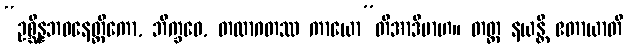
“ဥစ္ဆိန္နဘဝနေတ္တိကော, ဘိက္ခဝေ, တထာဂတဿ ကာယော”တိအာဒိမာဟ။ တတ္ထ နယန္တိ ဧတာယာတိ